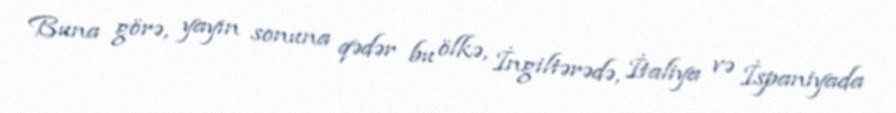
Buna görə, yayın sonuna qədər bu ölkə, İngiltərədə, İtaliya və İspaniyada